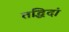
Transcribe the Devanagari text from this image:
तद्धिदां